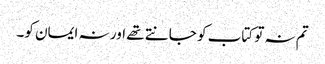
تم نہ تو کتاب کو جانتے تھے اور نہ ایمان کو۔